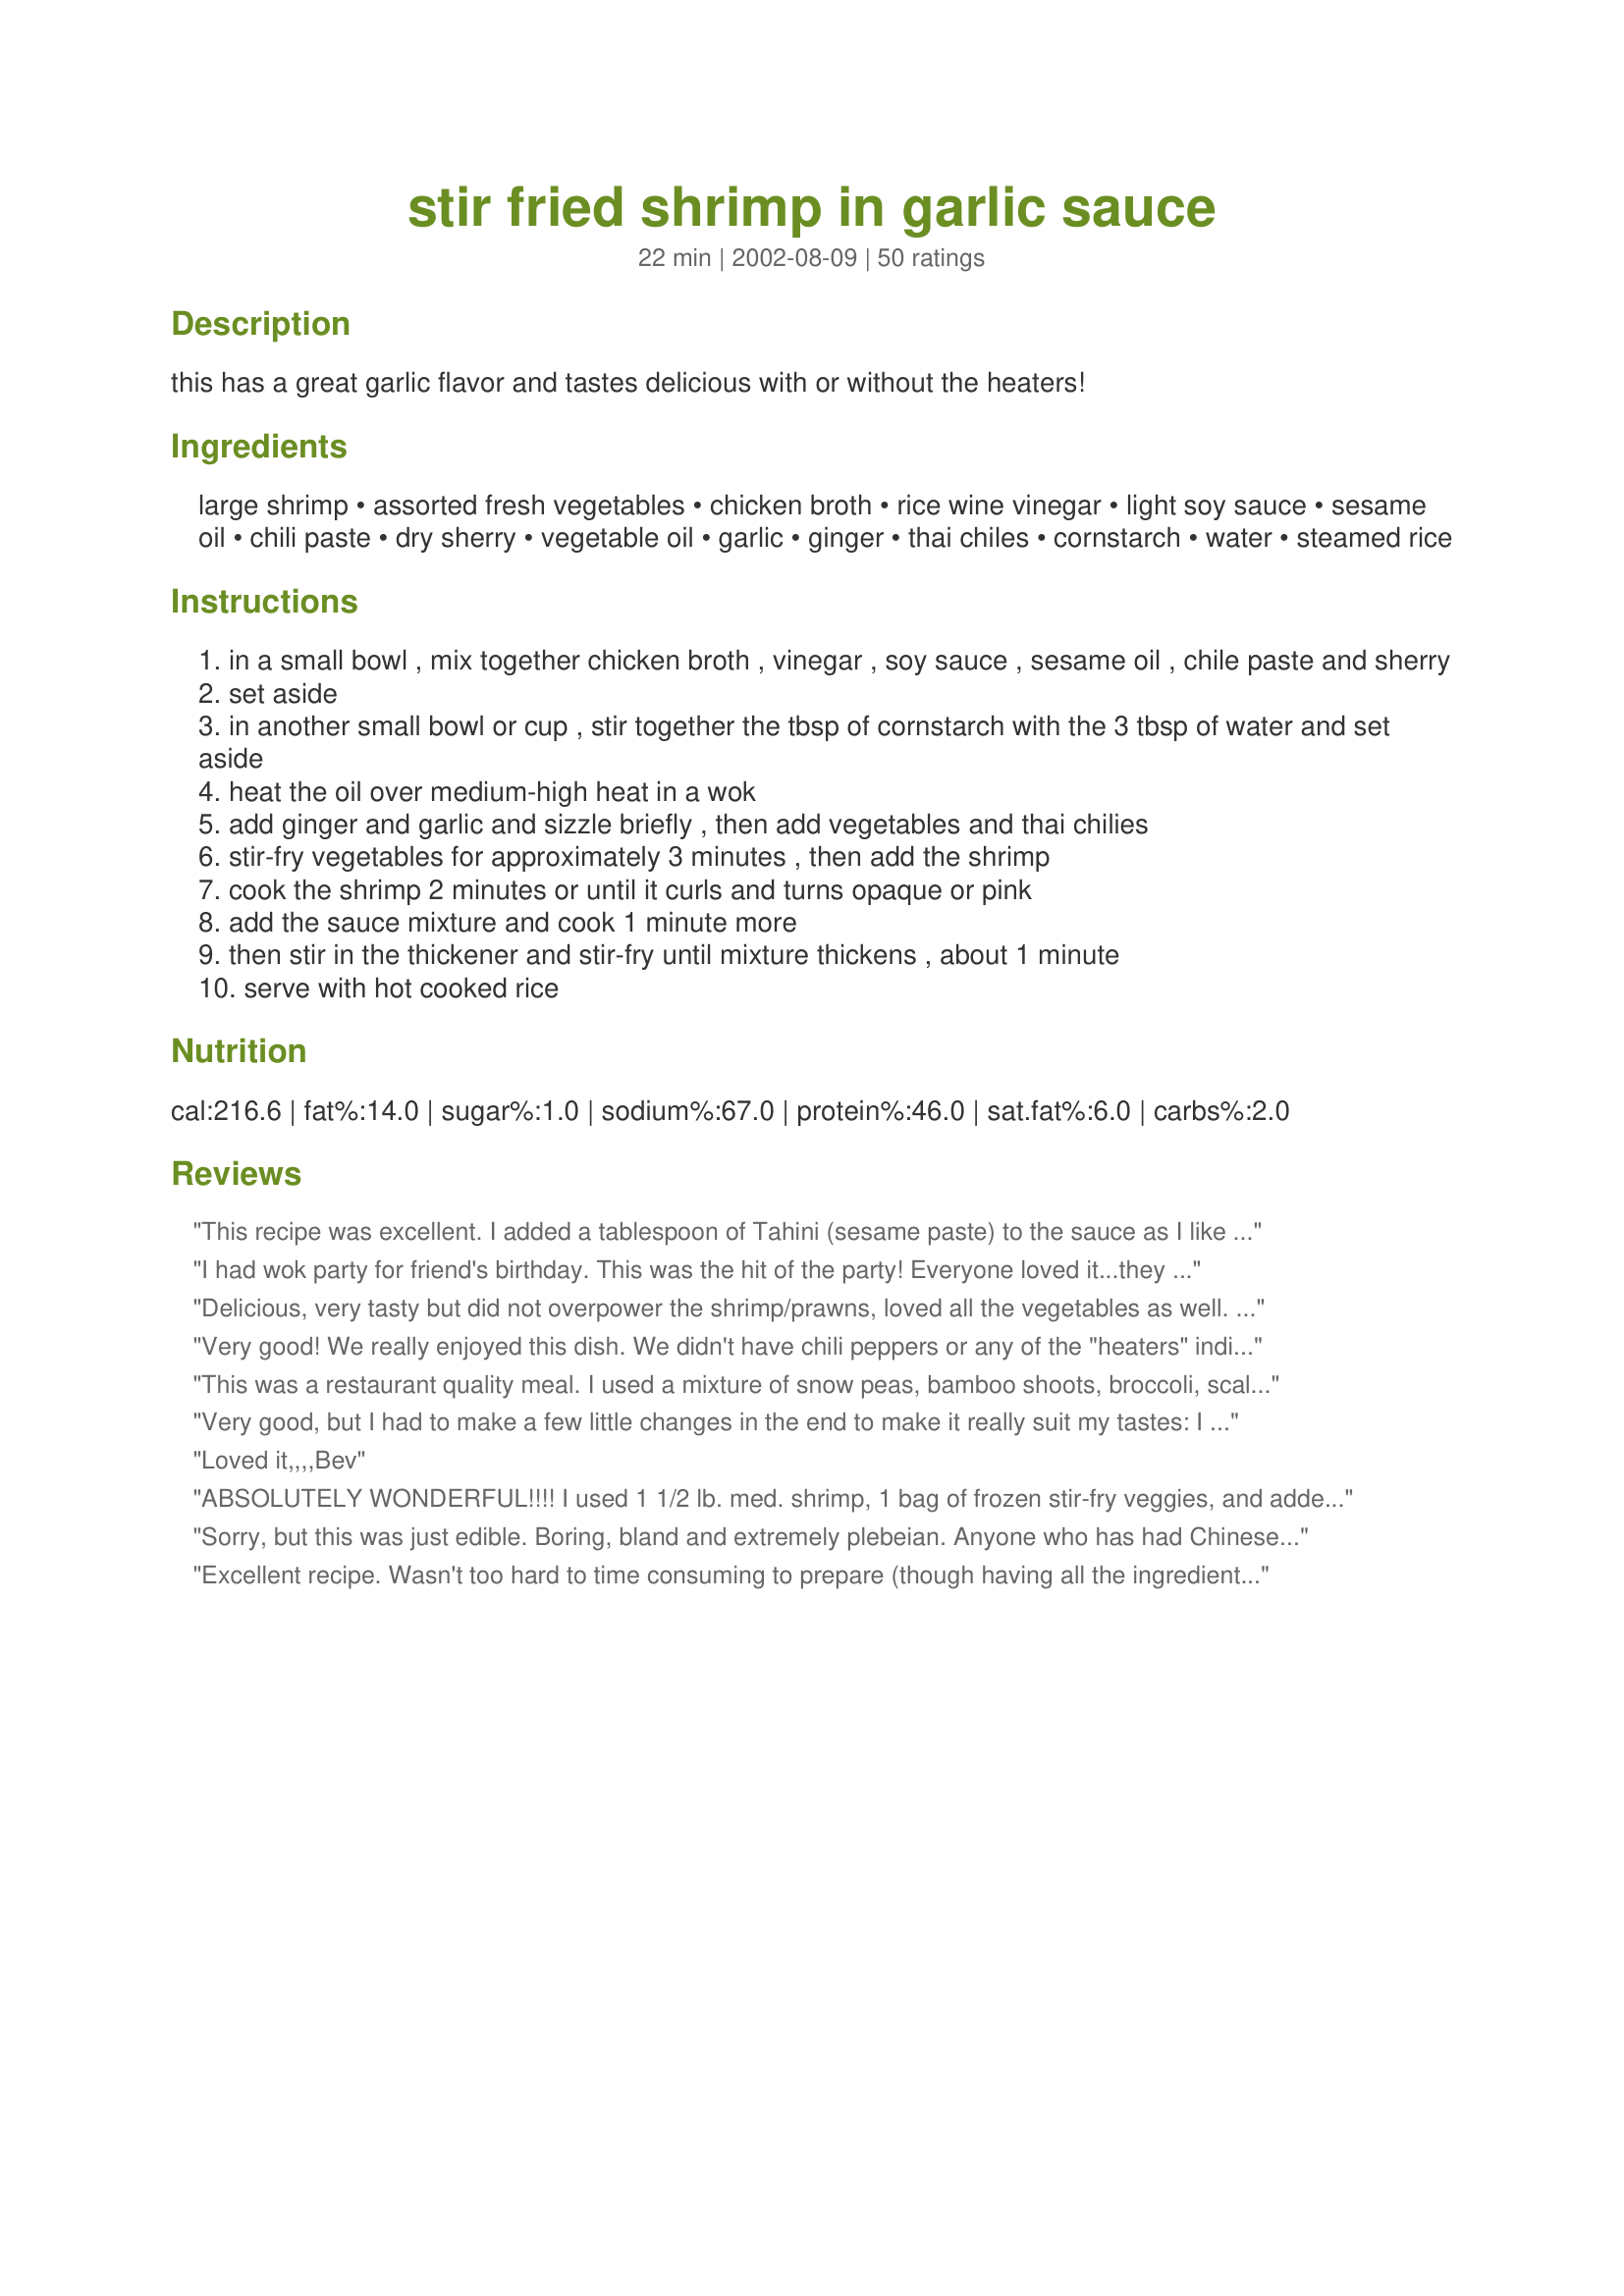
stir fried shrimp in garlic sauce
Preparation time: 22 minutes

this has a great garlic flavor and tastes delicious with or without the heaters!

Ingredients:
large shrimp, assorted fresh vegetables, chicken broth, rice wine vinegar, light soy sauce, sesame oil, chili paste, dry sherry, vegetable oil, garlic, ginger, thai chiles, cornstarch, water, steamed rice

Steps:
in a small bowl , mix together chicken broth , vinegar , soy sauce , sesame oil , chile paste and sherry
set aside
in another small bowl or cup , stir together the tbsp of cornstarch with the 3 tbsp of water and set aside
heat the oil over medium-high heat in a wok
add ginger and garlic and sizzle briefly , then add vegetables and thai chilies
stir-fry vegetables for approximately 3 minutes , then add the shrimp
cook the shrimp 2 minutes or until it curls and turns opaque or pink
add the sauce mixture and cook 1 minute more
then stir in the thickener and stir-fry until mixture thickens , about 1 minute
serve with hot cooked rice

Reviews:
This recipe was excellent. I added a tablespoon of Tahini (sesame paste) to the sauce as I like the flavour of sesame. In place of the sherry I used Mirin only becaause it's what I had on hand and it worked well.
I had wok party for friend's birthday. This was the hit of the party! Everyone loved it...they wanted the recipe the next day. I left out the Thai chiles. The veggies I used were onion, carrots, red and green peppers, snow peas and baby corn. Will definitely do this one again!
Delicious, very tasty but did not overpower the shrimp/prawns, loved all the vegetables as well. I am a fan of chilli so found that simply made it - great recipe and I will be making it again very soon
Very good! We really enjoyed this dish. We didn't have chili peppers or any of the "heaters" indicated so I added about 3 t or so to taste of chili garlic paste-- added a great spicy touch. I used sake cause didn't have any sherry. Really tastes like something out of a real Chinese restaurant. Next time, I will add shrimp last after I cook the sauce and get it to taste to my liking since this time around I was tasting the sauce, trying to add the right amount of soysauce and chili paste that the shrimp kinda of over cooked.
This was a restaurant quality meal. I used a mixture of snow peas, bamboo shoots, broccoli, scallions & straw mushrooms and was able to successfully cut back the vegetable oil to 1 tsp. Used all the heaters and loved it. Thank you Sue L for sharing the recipe.
Very good, but I had to make a few little changes in the end to make it really suit my tastes: I found adding an extra tbsp rice vinegar gave it the perfect tanginess, and I felt like it was begging for a little sweetness, so I added 1 tsp honey and it was just enough for me. I used 1/2 tsp cayenne instead of the chili paste and chiles and it turned out to be a tad too hot for me, but I know I'm the only one to blame for this! Served it over buckwheat noodles, with a few extra drops of sesame oil and sprinkled with sesame seeds. I think this recipe would also work well with diced tofu or chicken (cooked first and then set aside). Thanks for posting!
Loved it,,,,Bev
ABSOLUTELY WONDERFUL!!!! I used 1 1/2 lb. med. shrimp, 1 bag of frozen stir-fry veggies, and added some extra broccoli, water chestnuts, and onion. I doubled the sauce because I had more veggies and shrimp than called for and skipped the heat. Took leftovers to work today, and the girls at work were drooling over the smell...but, I couldn't spare to offer them any/LOL (just too good to let go of). Definitely restaurant-quality, and perfect for a Asian-themed dinner party. This dish turned out so beautiful that I actually took a picture of the finished dish!! THANKS SO MUCH!!!
~Manda
Sorry, but this was just edible. Boring, bland and extremely plebeian. Anyone who has had Chinese food from a real Chinese restaurant would find this recipe extremely American in nature?an American trying to make Chinese food. Nice try, but it struck out big time.
Excellent recipe. Wasn't too hard to time consuming to prepare (though having all the ingredients on hand might be a little bit of a challange.) I would suggest at least doubling the ingrediants for the sauce though, as I did not have enough to adaquetly coat the rice.
Just like the take out version I love, but with the added satisfaction of knowing I can put in exactly what I am craving that night. I have used shrimp, chicken, and pork as the protein... and all were very good. I don't really measure out the veggies... just kind of throw in whatever I have on hand that day. A great combination that I love is bamboo shoots, straw mushrooms, baby corn, onions, broccoli and snow peas. YUM! I have made this many times now and love how it turns out perfectly every single time! Thanks!
Absolutely fantastic, thanks! As mentioned, I, too, would double the sauce, it's that great. Had to use Marsala wine instead of sake. Used onions and mushrooms as veggies and serrano chilies instead of Thai and Udon noodles. Husband added a little plum sauce to the final product, and it gave it an added richness as well. A keeper!!
This was great! I used fresh broccoli, a can of baby corn, and 8 oz. of fresh, sliced mushrooms and skipped the chilis. I also doubled the sauce since we're sauce-lovers. Hubby cringes when I make Chinese or stir-fry. This was fool-proof and definitely hubby-approved. Thanks for a keeper!
This was to die for good! Quick and easy too! Hubby said was one of the best recipes I&#039;ve cooked and was restaurant quality!! Made mostly as directed, used Saki, doubled sauce as others had suggested and maybe threw in a couple more than 9 cloves of garlic as we love garlic in this house. Also used chili in garlic sauce, and the peppers, except I&#039;m not sure they were Thai, probably were mexican de arbol, which was all I could find at the Kroger. Used a mixture of grated carrots, fresh green beans and red bell pepper for my veggies. Served over flavorful Jasmine rice. Will definitely be making again, and a perfect recipe for guests!
What can we say~ What a great meal. There was no left overs for tomorrow. Will be making this dish again.
GREEEAAAT! I've tried so many other recipes that other people thought were wonderful and didn't really agree. Boy - this one really was good. I was looking for a garlic sauce and found this recipe. I used fresh broccoli and mushrooms and onions for my veges (took a little longer to cook) and used the chili paste but not the Thai chilies. I have a VERY fussy hubby and son and they both LOVED it. We had a neighbor over and he even had some and said it was awesome. I'm so glad I found this recipe. THANKS!! Next time I'll probably double the sauce because I put lots of veges and would have liked some more sauce.
Outstanding! We all thoroughly enjoyed this restaurant quality dish. I used sugar snap peas, carrot, red bell pepper, green onion, and serrano pepper (instead of the Thai pepper). I sauteed in peanut oil, but otherwise followed the recipe to a T. The sauce flavor, and heat, was just right. Thanks Sue! Made for ZWT4.
My sons gave this 5 stars all the way. I added the chili paste but left out the Thai chilies and it was the perfect heat for me but my boys wanted it hotter. Great meal and only took a few minutes after everything was chopped. I used mushrooms, celery, broccoli, carrots, onions and squash. Made for ZWT 4.
Thanks for a wonderful recipe and thanks to all the reviewers who suggested doubling the sauce - I'm glad I followed your advice!!! I used broccoli, snowpeas, mushrooms and sliced red pepper, no chilies and 1 tsp chili paste. Just right!
Amazing!! The flavor was WONDERFUL! My boyfriend and I LOVE GARLIC so this hit the spot! I used bak choy, snow peas, and green bell peppers. We'll probably use red bell peppers next time to add some color to it, but everything just went so perfectly together. Thanks for the recipe! My boyfriend was VERY impressed with this dish...so was I. Yum!!
Quite good. Only thing I would change next time is to add a little lime juice to the sauce, or more rice vinegar.
This was a great and tasty recipe. The only complaints that I had with it were my own fault. I only had frozen veggies on hand and that came out a little soggy and low on the salt side, but still super tasty! I just added a touch of seasoned salt and nature's seasoning. I'll definitely try this again with fresh vegetables at a later date.

I served it over multi-grain rice with a little bit of shrimp sauce mixed in. Definitely a keeper. And made the house smell quite nice, too!
Fantastic! I had to use chipotle instead of thai peppers. Delicious!
If there were only 6 stars!!! Awesome recipe! I've been searching for a real good Chinese Garlic Sauce recipe, and this one is it! I wouldn't change a thing, thank you so much for the recipe!
I made this exactly as the recipe stated. My DH & I thought it was very good and makes a good sauce. I used low sodium light soy but next time I think I will use half that and the other half regular soy. I thought it could use a tad bid more salt. It's good to use the low sodium soy to start and adjust if your tastes are more for the stronger stuff. The thickener made the consistancy of the sauce perfect. Thanks for posting.
Excellent! This recipe turned out so well that my kids were using extra rice to get every bit of sauce off their plates! No rinsing of plates for the dishwasher!
absolutely delicious!
This was a tasty way for us to load up on our veggies. We used oyster mushrooms, red bell pepper, onion, baby corn, bean sprouts and water chestnuts. I used sake instead of the sherry and substituted green hot peppers for thai chiles because I couldn't find any at the store. I used more veggies than the recipe called for, so I doubled the sauce. I thought it might have wanted a little more zip, so I might add a bit more rice wine vinegar as another reviewer suggested. I served this over steamed Jasmine rice. Thanks for this healthy recipe. Made for ZWT4.
This recipe was delicious! My hubby loved it. Sauce was wonderful; I added scallops and used packaged stir-fry but I think fresh would be better. Great left over; none left. Will make again and again!!
This is an awesome recipe. I used orange and green bell peppers, green onions and portabella mushrooms along with the ginger and garlic. I didn&#039;t have the thai peppers or chili paste so I added 2 drops of some ghost pepper sauce (that is really hot--which is why I only used 2 drops) that added a little kick. This is the second time I made this dish so I know that the sauce is better doubled since there isn&#039;t enough to serve with the long grain brown rice I used the 1st time. The second time I made it I used Quinoa since Dr. Oz says it is so healthy. It is a different taste and texture than rice, but I quickly adapted to it. Thanks for sharing this recipe and all the great comments.
This was delicious. Even my picky grandson liked it. This will be a staple dish??
Silly Silly Me, i forget that Prawns are called shrimp, i could have had this recipe for a lot longer. Absolutely gorgeous! i'm proud i can now make a stirfry and creamy garlic prawn dish.. i'm getting good thanks to this site.
Excellent! I didn't have the chili past nor the Thai chiles but I put in a bit of hot pepper flakes. I doubled the sauce and am glad I did! Used brocolli, green onions and mushrooms and then threw in a couple of handsful of baby spinach at the end. Will make this again. Plan to try it with chicken next time.
OMG! This was incredible and easy enough to make on a busy weeknight. Thanks so much for posting.
This was really really really good. I love cooking the veggies in with the shrimp. I used brocolli, cauliflour and mushrooms. No hot peppers, and just 1/2 teaspoon chili paste. It had just the right amount of heat for me. Great recipe.... thanks for posting.
Very good!! Love the sauce will double sauce next time!
Delicious and, in my case, lethally hot if all the chili paste and Thai chiles are used. I doubled the sauce, used 1/2tsp chili paste and 2 whole, seeded Thai chiles. That was plenty hot for me.Served this with rice noodles and thankfully there's enough left for lunch tomorrow. I will use rice next time as the noodles don't soak up all that delectable sauce.
Delicious! My family loved this flavorful, quick and easy stir-fry. For the vegetables, I used snow peas, mushrooms, red bell pepper, celery, onion, broccoli, and carrots. I used the sake instead of the sherry and peanut oil instead of the vegetable oil. I would love to have added the Thai chiles but my store was out of them. I doubled the recipe and served it over steamed Jasmine rice. Everyone gave this 2-thumbs up! Thank you for sharing this fantastic recipe...it is definitely a keeper! 
*Made for ZWT4*
Loved loved this recipe. I made this for my girls for Good Friday Dinner. They loved it. I will make again.
Thank you
This shrimp dish is SO SO easy and tastes fabulous -- like right off the menu of any great Chinese restaurant. I made this last week and turned right around and made again this week. Everybody loved it!!! You can use whatever vegetables you have at the moment as mix ins. Very yummy.
DELICIOUS! Very easy to make and ready in no time at all. :)
Delicious recipe!!!! My hubby and I were so very pleased. Took leftovers to his restaurant to share. I used bok choy, rainbow carrots, red bell pepper, fresh mushrooms, celery &amp; green onions. Very pretty dish. I chose to serve it over spaghetti noodles, which I had stirred in sesame oil, soy sauce and black sesame seeds
Just needed a quick shrimp stir fry for dinner tonight. Had *most* of the ingredients in hand so I thought I'll just play it by ear. Things didn't start out right at first. While mixing the sauce, I mistook a carton of beef broth for chicken broth. But oh well. Didn't have rice wine vinegar so used white wine vinegar. Didn't have sherry or sake so just used white wine. Didn't bother with the chiles as I was cooking for two kids, 7 and 2. But when all was said and done, this actually turned out fantastic! I was so happy that everything came together and the kids and hubby ate without complaint. I'm so glad I found this recipe!
This was a hit! I used fresh string beans and zuchini, added some crushed red pepper (couldn't find the Thai chilies), served with white rice. Thanks for another great recipe Sue :-)
this was an excellent dish I added a 2 fresh red thai chilis - just minced, since we like our food hot along with the 10 steamed chiles this was perfect - this will be made again - I think this is one of my favorite recipes in ZWT4 so far - thanks Sue made for family picks
Wonderful, wonderful dish. I had to substitute red hot peppers, julienned, for the Thai as they weren't available. I also discovered that I was out of sesame oil after starting the recipe. Neither of these changes made this less than a five star recipe, however. I just can't wait to make it again with all of the correct ingredients, as I'm sure it'll be even better. Another winner, Sue L.
This is my 'go-to' meal when I'm looking for a quick, light, and easy dish. I most always swap chicken for shrimp and everything works out perfectly. Like most people, I'll toss in my preferred veggies (i.e. snowpeas, bamboo shoots, mushrooms, baby corn, red and green peppers and of course plenty of garlic).

A surefire meals that never fails to impress!
This was quick and simple to make, but I thought it needed larger quantities of all the sauce ingredients because it was lacking a bit in flavour, especially for the amount of vegetables. I used a lot more soy sauce and vinegar than called for and I used chili sauce instead of chili paste since we love lots of spice. Still really nice!
Definitely ***** I used sugar snap peas, broccoli, orange pepper, green onion, mushrooms, and 1 jalapeno. Wonderful flavors and quick once you have everything cut up. Served with perfect rice everytime.
Very tasty with a bit of a bite. Well worth the hunt for Thai chiles. I used Srichacha instead of chili paste in the same amount. For veggies,I used onions, baby corn, broccoli, snow peas and I julienned some carrots. (And it's 5 WW points plus per serving so that's a winner!)
